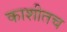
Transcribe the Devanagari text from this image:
काशीतच